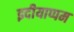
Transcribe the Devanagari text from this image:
इदीयाप्पम